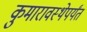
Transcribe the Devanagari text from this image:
कुमारावस्थेपर्यंत